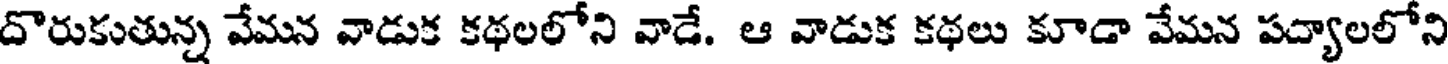
దొరుకుతున్న వేమన వాడుక కథలలోని వాడే. ఆ వాడుక కథలు కూడా వేమన పద్యాలలోని